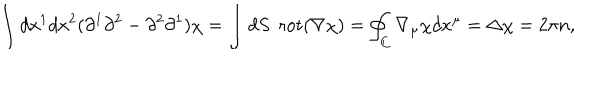
LaTeX: \int d x ^ { 1 } d x ^ { 2 } ( \partial ^ { 1 } \partial ^ { 2 } - \partial ^ { 2 } \partial ^ { 1 } ) \chi = \int d S \enspace \mathrm { r o t } ( \nabla \chi ) = \oint _ { C } \nabla _ { \mu } \chi d x ^ { \mu } = \Delta \chi = 2 \pi n ,